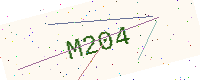
Text: M204